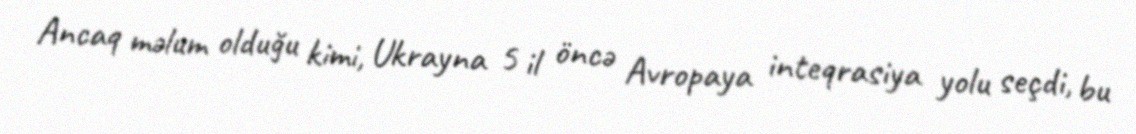
Ancaq məlum olduğu kimi, Ukrayna 5 il öncə Avropaya inteqrasiya yolu seçdi, bu